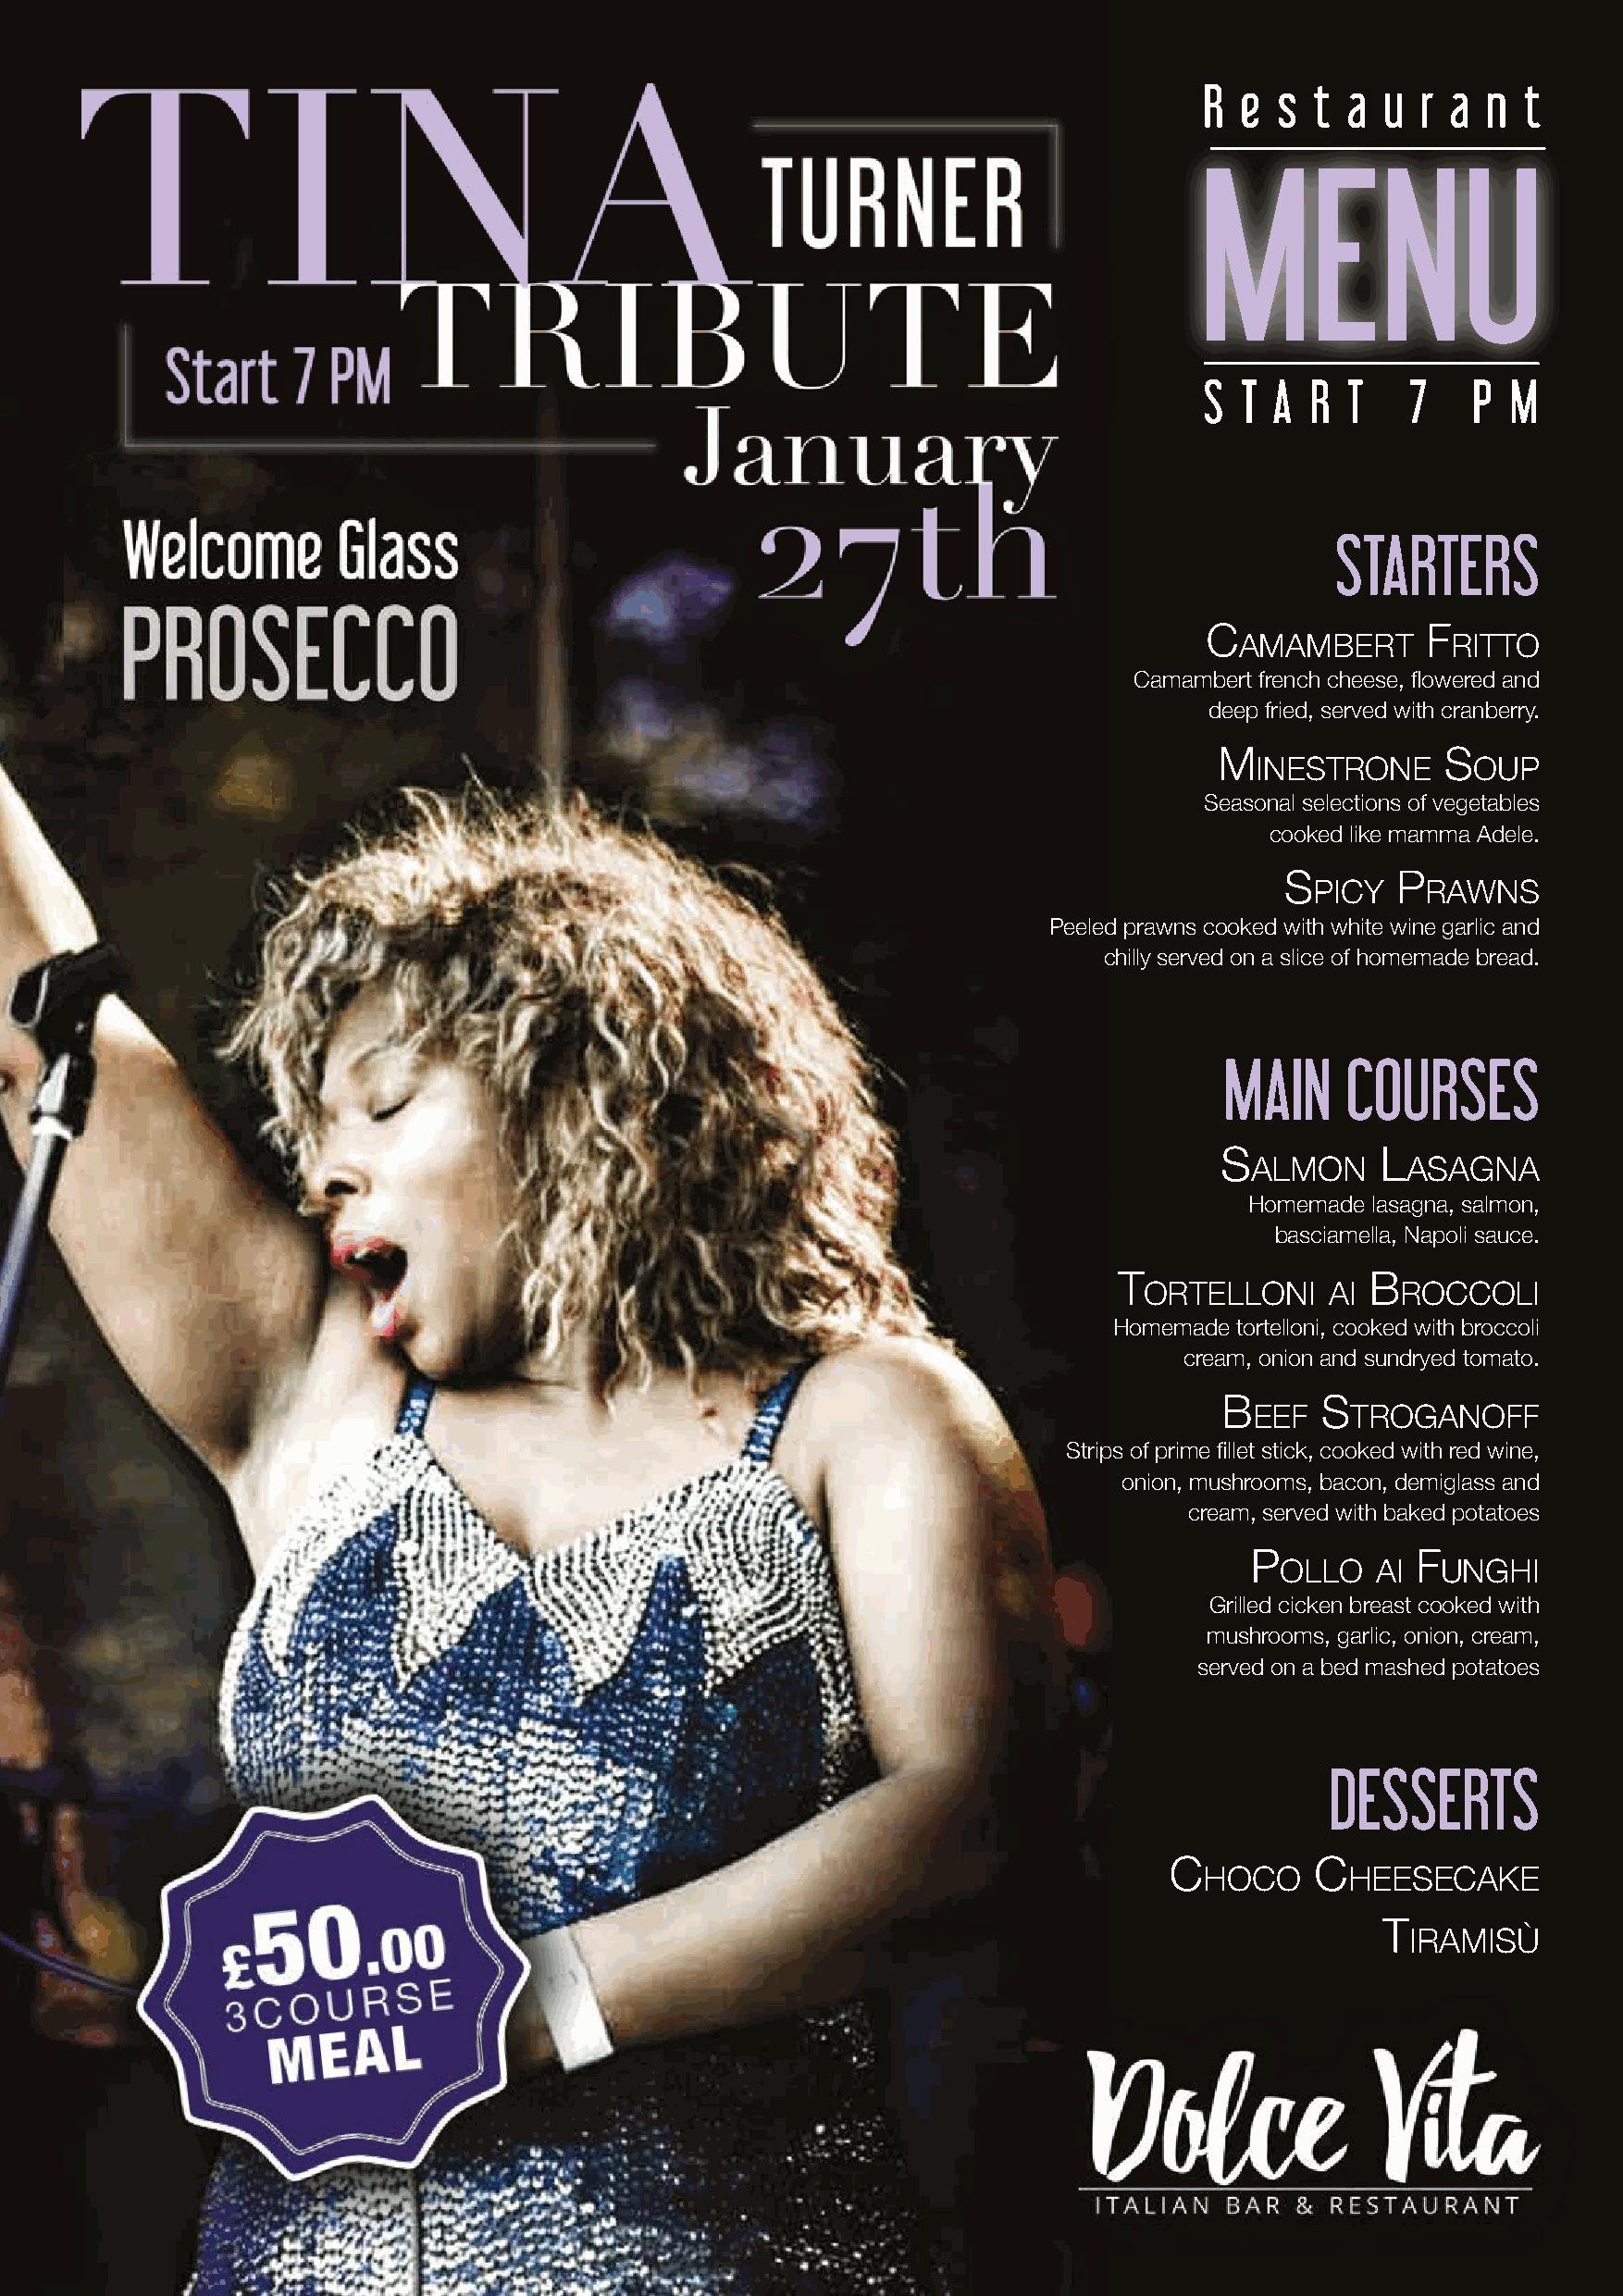
R  e s  t a  u  r a n  t
 MENU
 S  T A  R T    7   P  M
 STARTERS
 C               F
 amambert       ritto
 Camambert french cheese, flowered and
 deep fried, served with cranberry.
 m               s
 inestrone      oup
 Seasonal selections of vegetables
 cooked like mamma Adele.
 s       p
 piCy    rawns
 Peeled prawns cooked with white wine garlic and
 chilly served on a slice of homemade bread.
 MAIN    COURSES
 s           l
 almon      asagna
 Homemade lasagna, salmon,
 basciamella, Napoli sauce.
 t                 b
 ortelloni    ai   roCColi
 Homemade tortelloni, cooked with broccoli
 cream, onion and sundryed tomato.
 b       s
 eeF    troganoFF
 Strips of prime fillet stick, cooked with red wine,
 onion, mushrooms, bacon, demiglass and
 cream, served with baked potatoes
 p           F
 ollo  ai   unghi
 Grilled cicken breast cooked with
 mushrooms, garlic, onion, cream,
 served on a bed mashed potatoes
 DESSERTS
 C         C
 hoCo      heeseCake
 t
 iramisù
 13thJANUARY2022